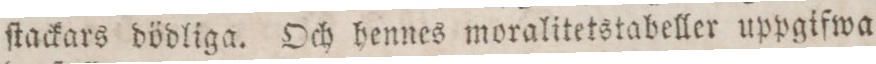
ſtackars dödliga. Och hennes moralitetstabeller uppgifwa